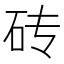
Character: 砖